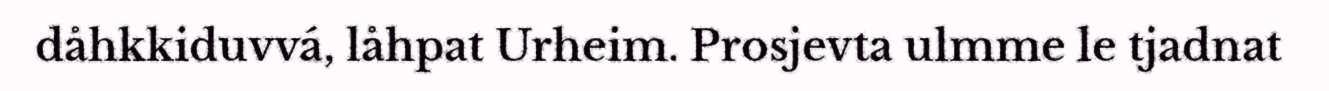
dåhkkiduvvá, låhpat Urheim. Prosjevta ulmme le tjadnat